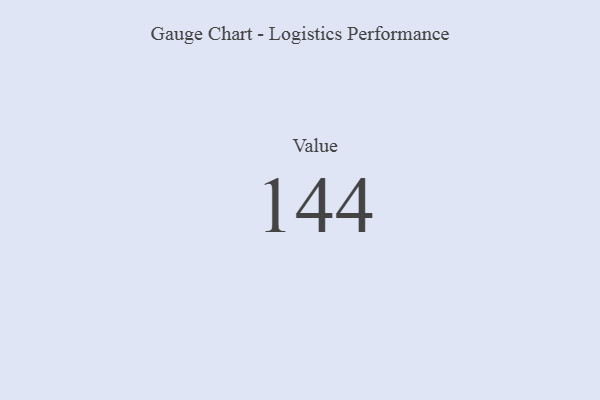
{"axis": {"x": "Metric", "y": "Value"}, "legend": [""], "data": [{"x": "Value", "y": 144, "type": ""}]}